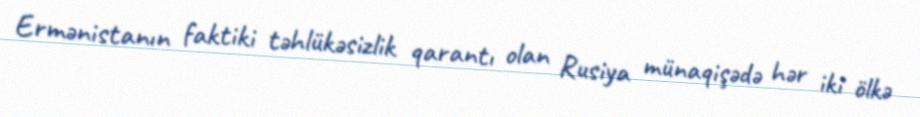
Ermənistanın faktiki təhlükəsizlik qarantı olan Rusiya münaqişədə hər iki ölkə